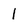
Character: 1